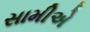
સામીએ